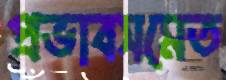
প্রভাবসমেত